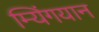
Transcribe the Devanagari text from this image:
म्यिंगयान